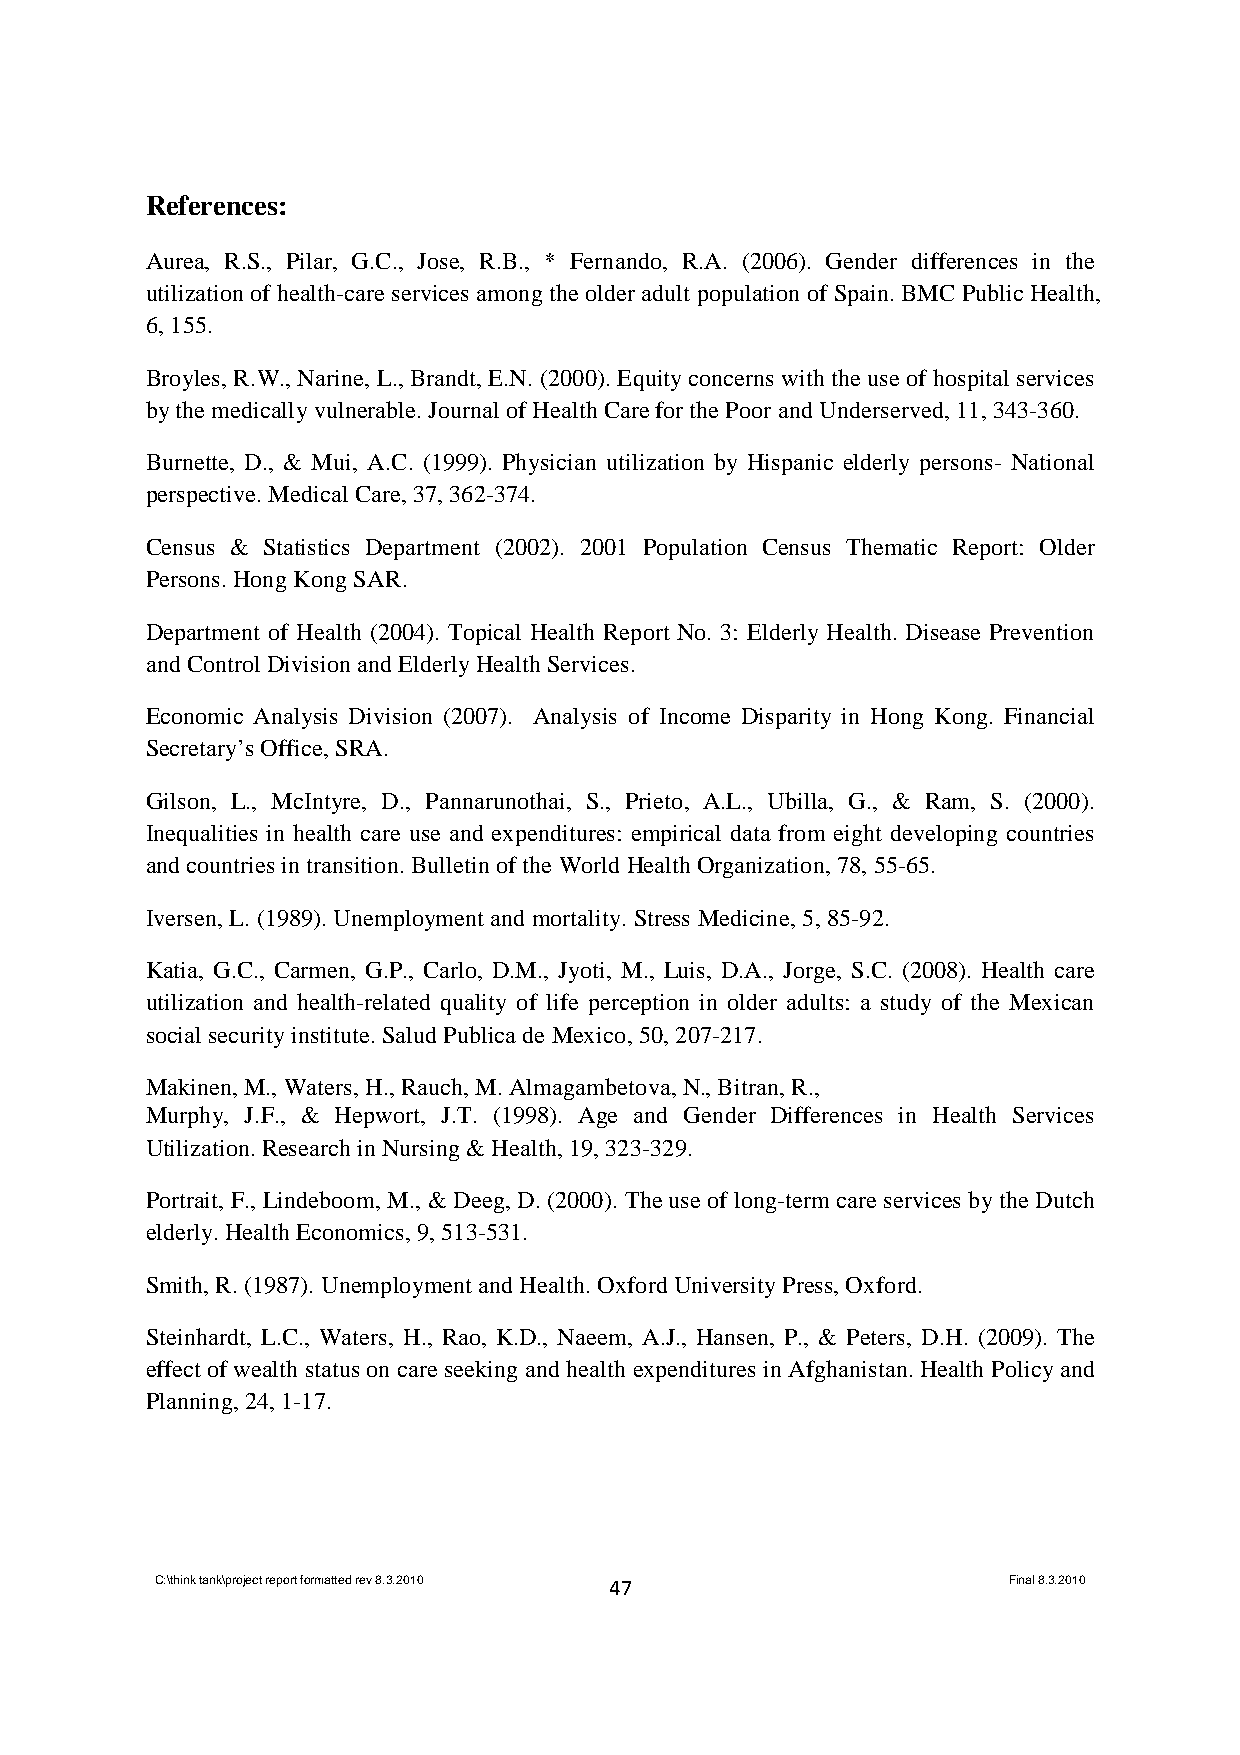
References:
 Aurea, R.S., Pilar, G.C., Jose, R.B., * Fernando, R.A. (2006). Gender differences in the
 utilization of health-care services among the older adult population of Spain. BMC Public Health,
 6, 155.
 Broyles, R.W., Narine, L., Brandt, E.N. (2000). Equity concerns with the use of hospital services
 by the medically vulnerable. Journal of Health Care for the Poor and Underserved, 11, 343-360.
 Burnette, D., & Mui, A.C. (1999). Physician utilization by Hispanic elderly persons- National
 perspective. Medical Care, 37, 362-374.
 Census & Statistics Department (2002). 2001 Population Census Thematic Report: Older
 Persons. Hong Kong SAR.
 Department of Health (2004). Topical Health Report No. 3: Elderly Health. Disease Prevention
 and Control Division and Elderly Health Services.
 Economic Analysis Division (2007). Analysis of Income Disparity in Hong Kong. Financial
 Secretary’s Office, SRA.
 Gilson, L., McIntyre, D., Pannarunothai, S., Prieto, A.L., Ubilla, G., & Ram, S. (2000).
 Inequalities in health care use and expenditures: empirical data from eight developing countries
 and countries in transition. Bulletin of the World Health Organization, 78, 55-65.
 Iversen, L. (1989). Unemployment and mortality. Stress Medicine, 5, 85-92.
 Katia, G.C., Carmen, G.P., Carlo, D.M., Jyoti, M., Luis, D.A., Jorge, S.C. (2008). Health care
 utilization and health-related quality of life perception in older adults: a study of the Mexican
 social security institute. Salud Publica de Mexico, 50, 207-217.
 Makinen, M., Waters, H., Rauch, M. Almagambetova, N., Bitran, R.,
 Murphy, J.F., & Hepwort, J.T. (1998). Age and Gender Differences in Health Services
 Utilization. Research in Nursing & Health, 19, 323-329.
 Portrait, F., Lindeboom, M., & Deeg, D. (2000). The use of long-term care services by the Dutch
 elderly. Health Economics, 9, 513-531.
 Smith, R. (1987). Unemployment and Health. Oxford University Press, Oxford.
 Steinhardt, L.C., Waters, H., Rao, K.D., Naeem, A.J., Hansen, P., & Peters, D.H. (2009). The
 effect of wealth status on care seeking and health expenditures in Afghanistan. Health Policy and
 Planning, 24, 1-17.
 C:\think tank\project report formatted rev 8.3.2010 47   Final 8.3.2010